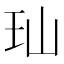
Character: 𬍑